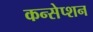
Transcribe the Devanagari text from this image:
कन्सेप्शन